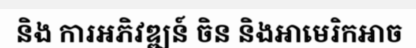
និង ការអភិវឌ្ឍន៍ ចិន និងអាមេរិកអាច